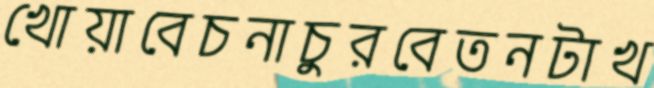
খোয়াবেচনাচুরবেতনটাখ